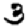
Digit: 3